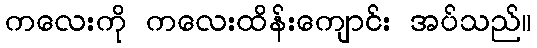
ကလေးကို ကလေးထိန်းကျောင်း အပ်သည်။